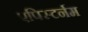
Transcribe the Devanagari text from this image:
एपिस्टर्नम